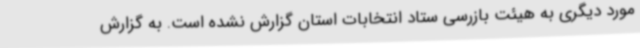
مورد دیگری به هیئت بازرسی ستاد انتخابات استان گزارش نشده است. به گزارش